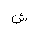
Letter: _shin